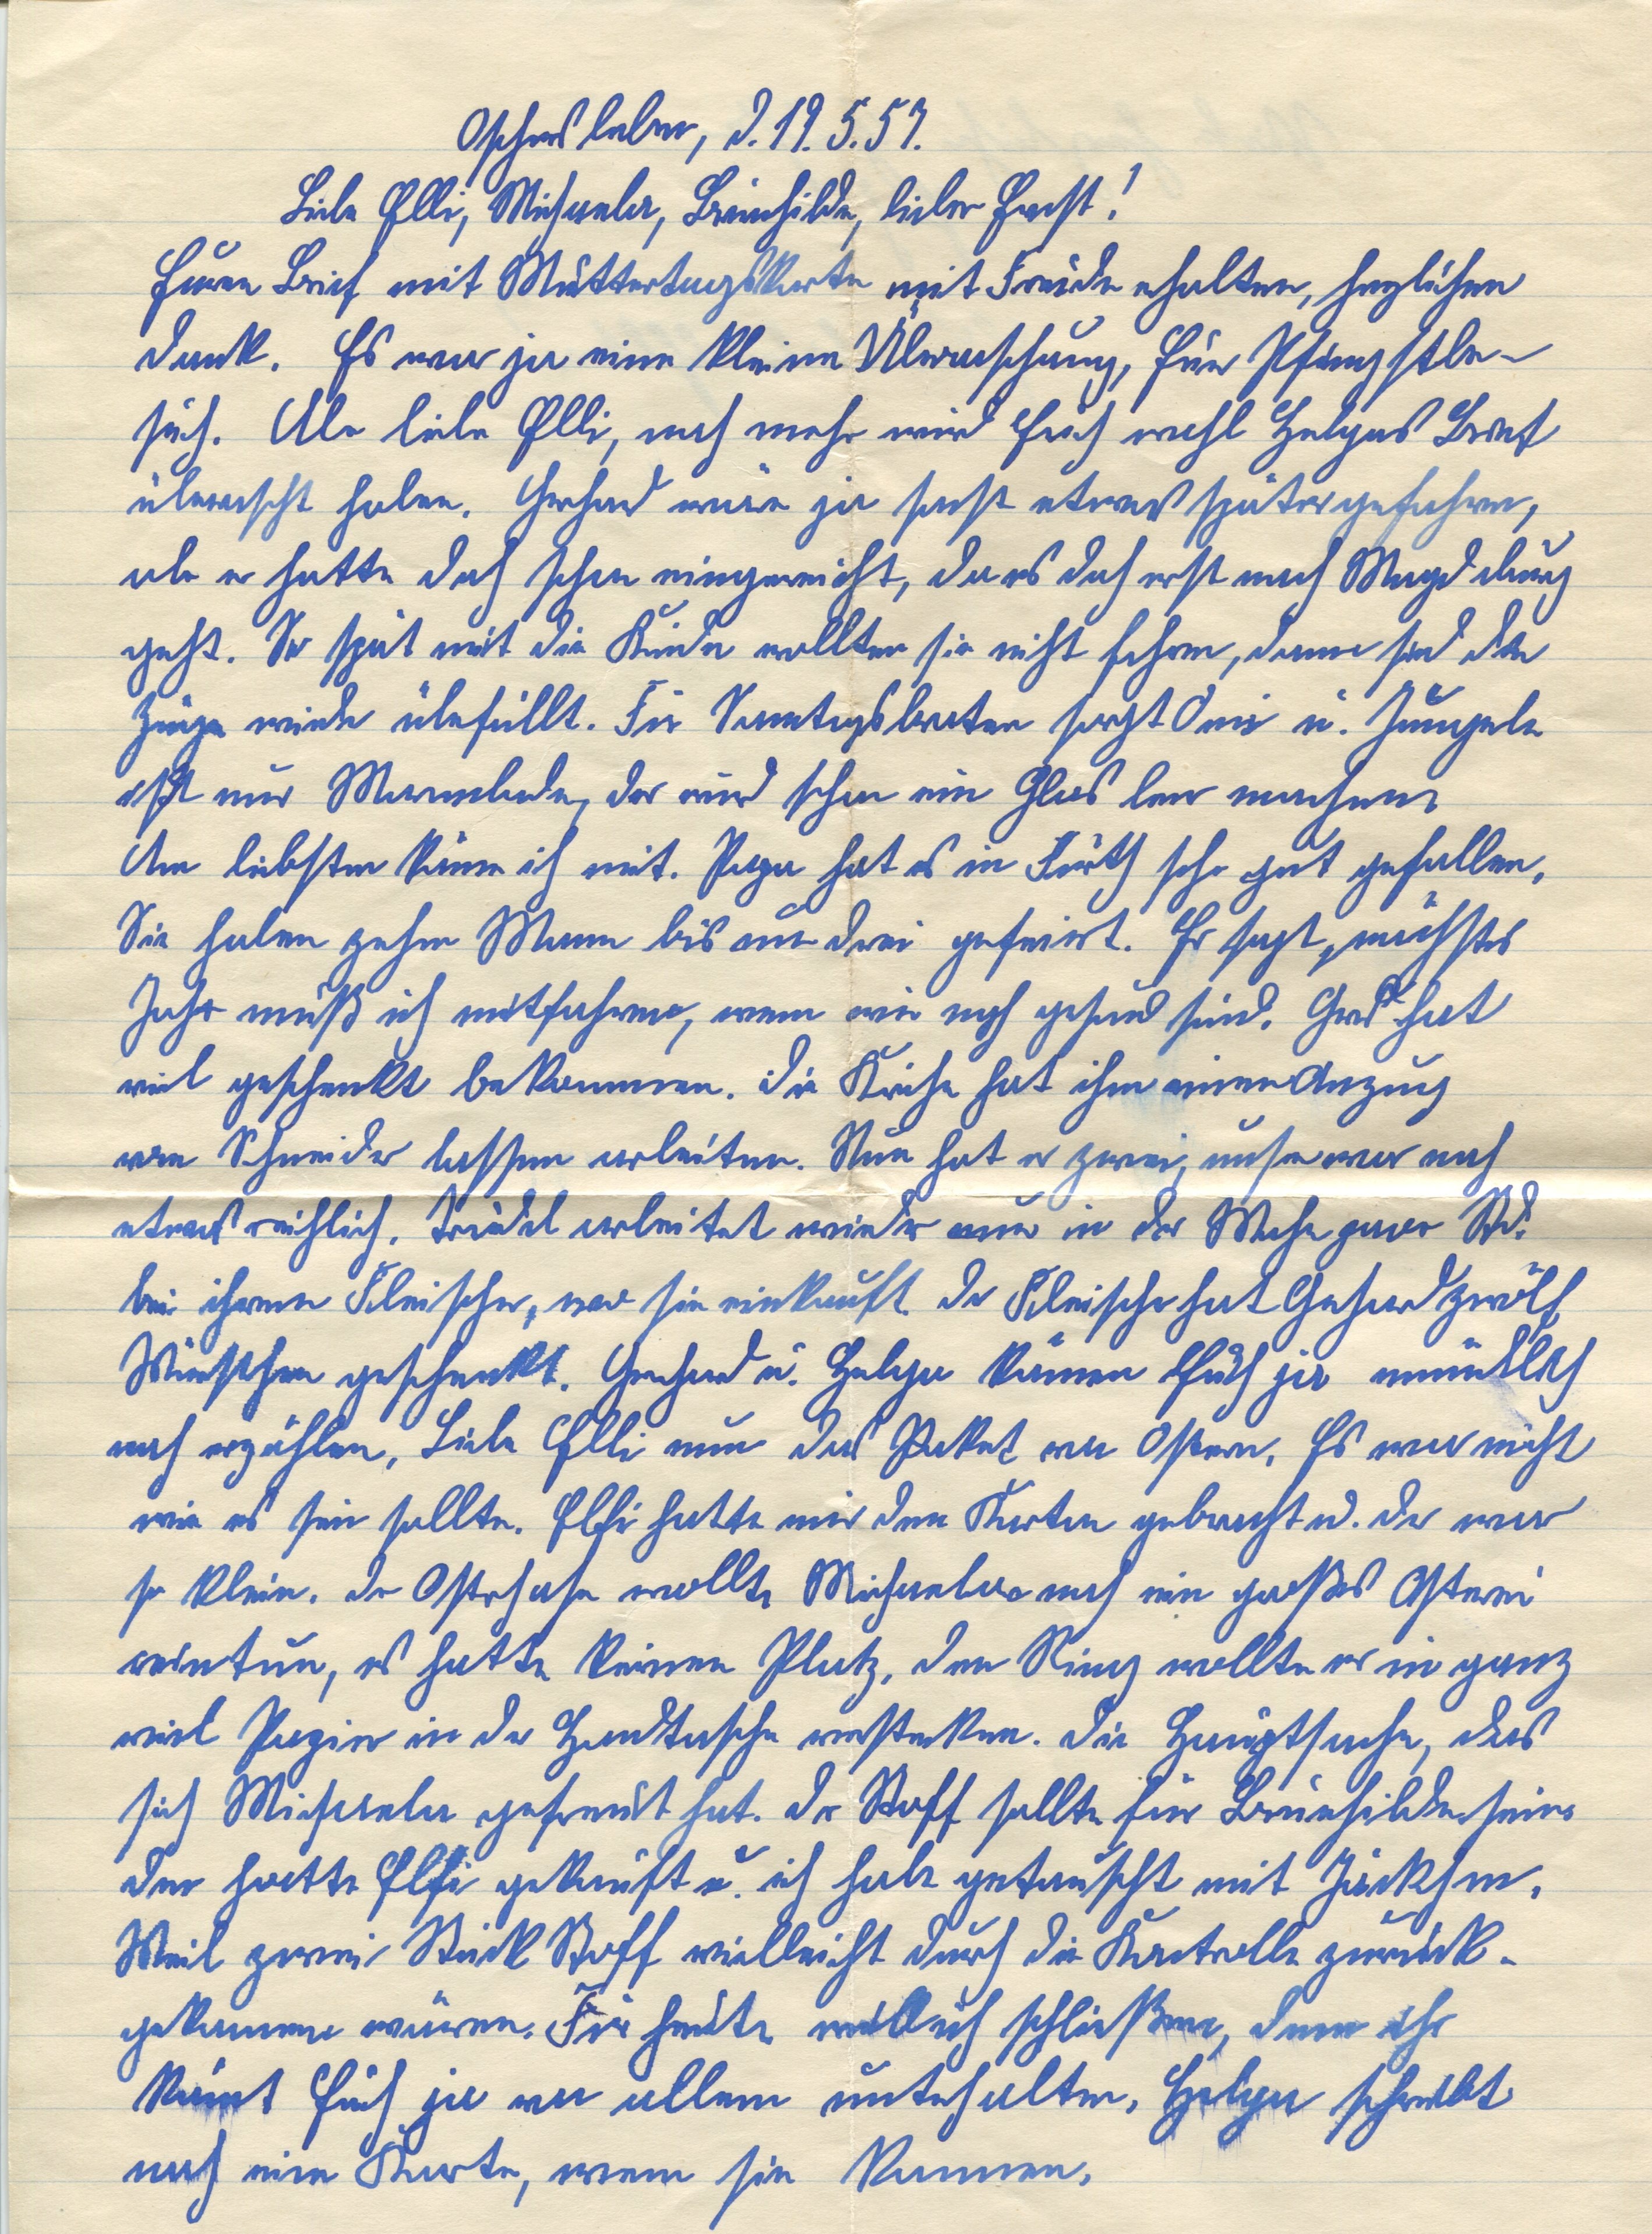
Oschersleben, d. 19. 5. 57.
Liebe Elli, Michaela, Brunnhilde, lieber Ernst!
Euren Brief mit Muttertagskarte mit Freude erhalten, herzlichen
Dank. Es war ja eine kleine Überaschung, Euer Pfingstbe¬
such. Aber liebe Elli, noch mehr wird Euch wohl Helges Bart
überrascht haben. Gerhard wäre ja sonst etwas später gefahren,
aber er hatte doch schon eingereicht, da es doch erst nach Magdeburg
geht. So spät mit die Kinder wollte sie nicht fahren, dann sind die
Züge wieder überfüllt. Für Sonntagsbraten sorgt Oma u. Jungele
ist nur Marmelade, der wird schon ein Glas leer machen.
Am liebsten käme ich mit. xxx hat es in Fürth sehr gut gefallen.
Sie haben zehn Mann bis um drei gefeiert. Er sagt, nächstes
Jahr muß ich mitfahren, wenn wir noch gesund sind. Gerd hat
viel geschenkt bekommen. Die Kirche hat ihm einen Anzug
vom Schneider lassen arbeiten. Nun hat er zwei, xxxx nach
etwas reichlich. Traudel arbeitet wieder nur in der Mxxxx Std.
bei ihrem Fleischer, wo sie sie einkauft der Fleischer hat Gerhard zwölf
Würstchen geschenkt. Gerhard u. Helge können Euch ja mündlich
noch erzählen, Liebe Elli nun das Paket von Ostern, Es war nicht
wie es sein sollte. Elfi hatte mir den Karton gebracht u. der war
so klein. Der Osterhase wollte Michaela noch ein großes Osterei
reintun, es hatte keinen Platz, den Ring wollte er in ganz
viel Papier in der Handtasche einstecken. Die Hauptsache, das
sich Michaela gefreut hat. Der Stoff sollte für Brunhilde sein
Den hatte Elfi gekauft u. ich habe getauscht mit Jäckchen
Weil zwei Stück Stoff vielleicht durch die Kontrolle zurück¬
gekommen wären. Für heute will ich schließen, denn ihr
könnt euch ja an allem unterhalten, Helge schreibt
noch eine Karte, wenn sie kommen,